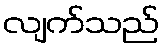
လျက်သည်